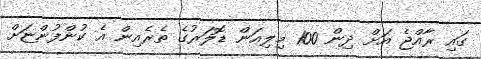
ގައި ރާއްޖެ އަށް ދިން 100 މިލިއަން ޑޮލަރުގެ ތެރެއިން އެ ކުންފުންޏަށް